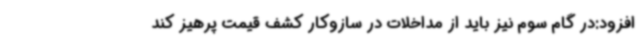
افزود:در گام سوم نیز باید از مداخلات در سازوکار کشف قیمت پرهیز کند